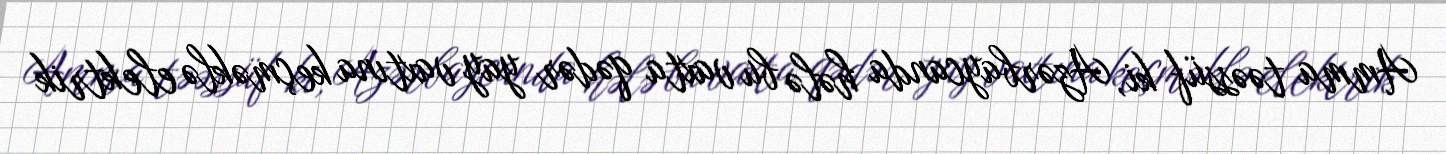
Amma təəssüf ki, Azərbaycanda hələ bu vaxta qədər yay vaxtına keçməklə elektrik